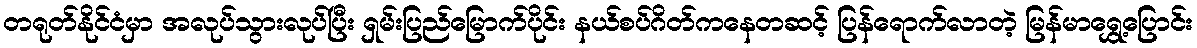
တရုတ်နိုင်ငံမှာ အလုပ်သွားလုပ်ပြီး ရှမ်းပြည်မြောက်ပိုင်း နယ်စပ်ဂိတ်ကနေတဆင့် ပြန်ရောက်လာတဲ့ မြန်မာရွှေ့ပြောင်း